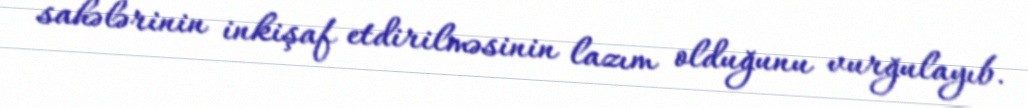
sahələrinin inkişaf etdirilməsinin lazım olduğunu vurğulayıb.